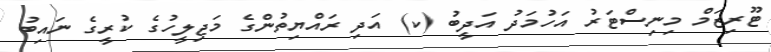
ޓޫރިޒަމް މިނިސްޓަރު އަހުމަދު އަދީބު (ކ) އަދި ރައްޔިތުންގެ މަޖިލީހުގެ ކުރީގެ ނައިބު